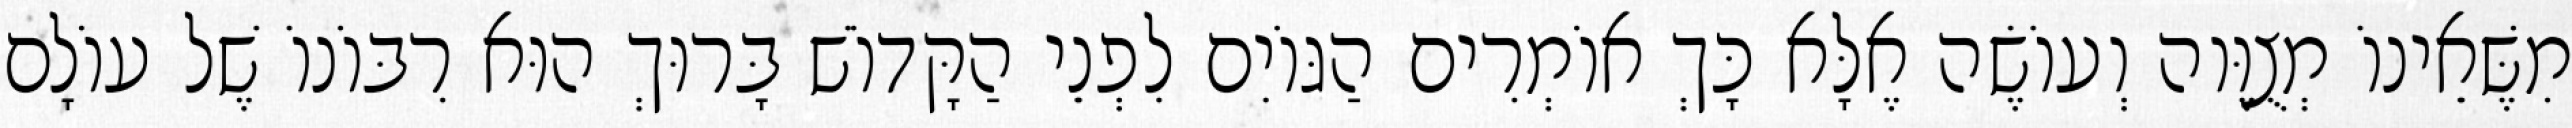
מִשֶּׁאֵינוֹ מְצֻוֶּוה וְעוֹשֶׂה אֶלָּא כָּךְ אוֹמְרִים הַגּוֹיִם לִפְנֵי הַקָּדוֹשׁ בָּרוּךְ הוּא רִבּוֹנוֹ שֶׁל עוֹלָם